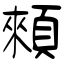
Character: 顂